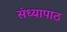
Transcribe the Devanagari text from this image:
संध्यापाठ